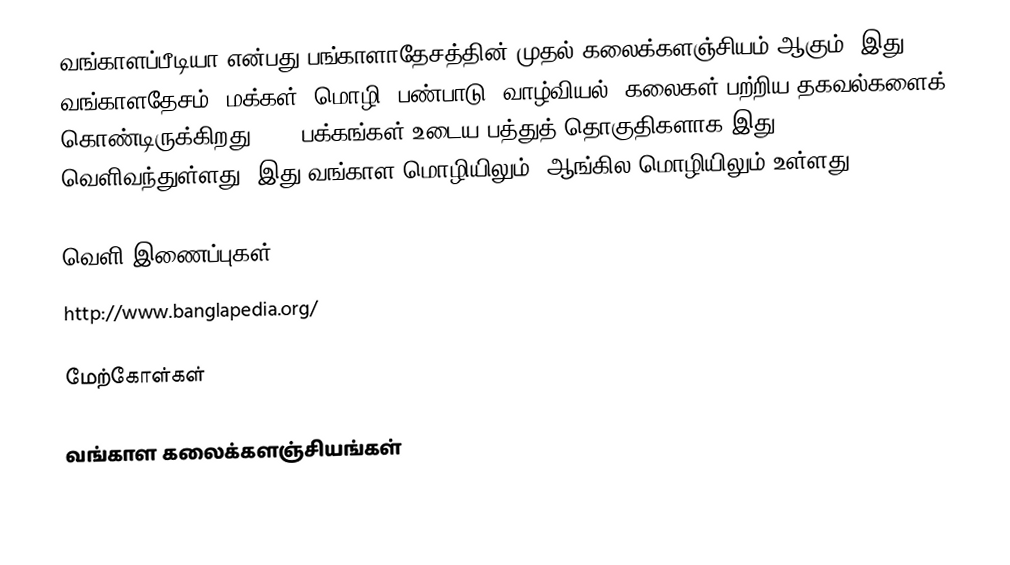
வங்காளப்பீடியா என்பது பங்காளாதேசத்தின் முதல் கலைக்களஞ்சியம் ஆகும்.  இது வங்காளதேசம், மக்கள், மொழி, பண்பாடு, வாழ்வியல், கலைகள் பற்றிய தகவல்களைக் கொண்டிருக்கிறது. 500 பக்கங்கள் உடைய பத்துத் தொகுதிகளாக இது வெளிவந்துள்ளது.  இது வங்காள மொழியிலும், ஆங்கில மொழியிலும் உள்ளது.

வெளி இணைப்புகள்
 http://www.banglapedia.org/

மேற்கோள்கள்

வங்காள கலைக்களஞ்சியங்கள்